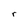
Character: r